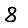
Digit: 8